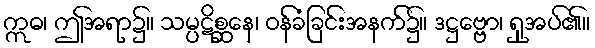
ဣဓ၊ ဤအရာ၌။ သမ္ပဋိစ္ဆနေ၊ ဝန်ခံခြင်းအနက်၌။ ဒဋ္ဌဗ္ဗော၊ ရှုအပ်၏။